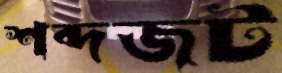
শব্দজট